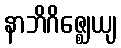
နာဘိဂိဇ္ဈေယျ